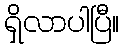
ရှိလာပါပြီ။